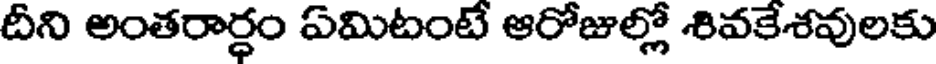
దీని అంతరార్ధం ఏమిటంటే ఆరోజుల్లో శివకేశవులకు